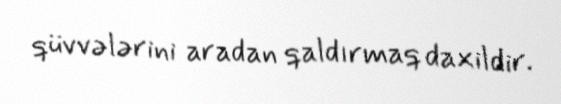
qüvvələrini aradan qaldırmaq daxildir.